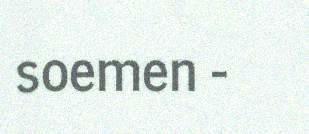
soemen -